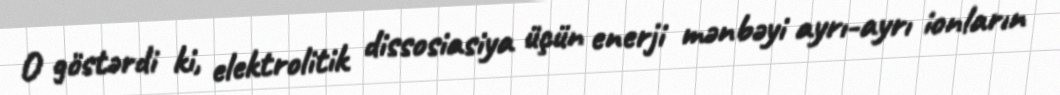
O göstərdi ki, elektrolitik dissosiasiya üçün enerji mənbəyi ayrı-ayrı ionların